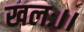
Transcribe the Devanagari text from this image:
खलः।।